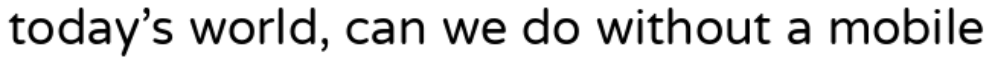
today's world, can we do without a mobile